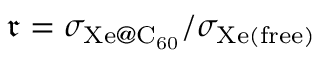
\mathfrak { r } = { \sigma _ { \mathrm { X e @ C _ { 6 0 } } } } / { \sigma _ { \mathrm { X e ( f r e e ) } } }